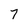
Character: 7